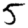
Digit: 5